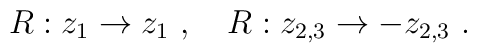
R:z_1\rightarrow z_1~,~~~R:z_{2,3}\rightarrow -z_{2,3}~.